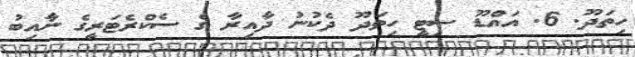
ހިތަދޫ. 6. އައްޑޫ ސިޓީ ހިތަދޫ ދެކުނު ދާއިރާ ގެ ސެކްރެޓަރީގެ ނާއިބު